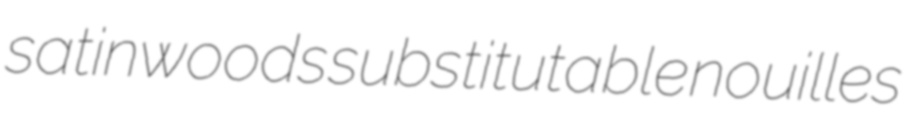
satinwoods substitutable nouilles